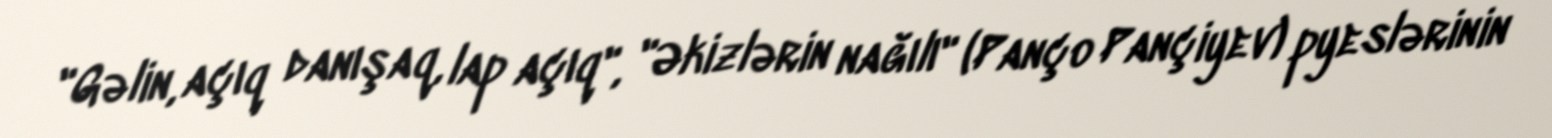
"Gəlin, açıq danışaq, lap açıq", "Əkizlərin nağılı" (Panço Pançiyev) pyeslərinin